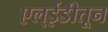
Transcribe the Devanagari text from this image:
एल्ईडीतून